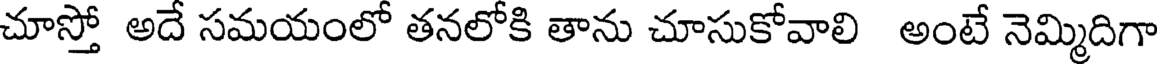
చూస్తో అదే సమయంలో తనలోకి తాను చూసుకోవాలి అంటే నెమ్మిదిగా